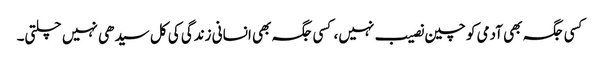
کسی جگہ بھی آدمی کو چین نصیب نہیں، کسی جگہ بھی انسانی زندگی کی کل سیدھی نہیں چلتی۔